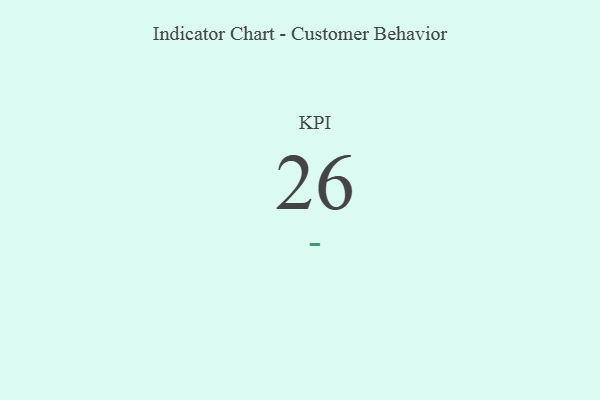
{"axis": {"x": "KPI", "y": "Value"}, "legend": [""], "data": [{"x": "KPI", "y": 26, "type": ""}]}